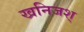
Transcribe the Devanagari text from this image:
खनिजश्